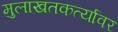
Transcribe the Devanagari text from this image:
मुलाखतकर्त्यावर